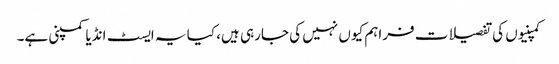
کمپنیوں کی تفصیلات فراہم کیوں نہیں کی جارہی ہیں، کیا یہ ایسٹ انڈیا کمپنی ہے۔